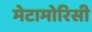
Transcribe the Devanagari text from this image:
मेटामोरिसी